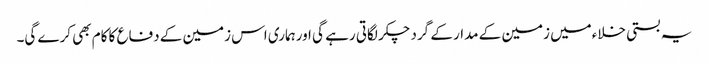
یہ بستی خلاءمیں زمین کے مدار کے گرد چکر لگاتی رہے گی اورہماری اس زمین کے دفاع کا کام بھی کرے گی۔